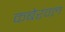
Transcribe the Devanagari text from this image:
कबेरवल